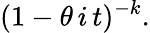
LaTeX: (1-\theta\, i\, t)^{-k}.